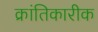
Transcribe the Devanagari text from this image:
क्रांतिकारीक